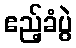
ဧည့်ခံပွဲ